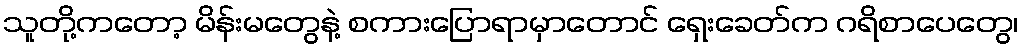
သူတို့ကတော့ မိန်းမတွေနဲ့ စကားပြောရာမှာတောင် ရှေးခေတ်က ဂရိစာပေတွေ၊